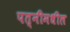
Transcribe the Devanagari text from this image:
पत्नीमधील